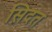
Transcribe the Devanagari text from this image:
स़िदत